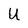
Character: U